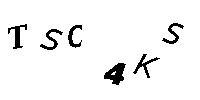
TSC4KS